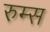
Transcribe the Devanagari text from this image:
रुम्स